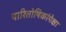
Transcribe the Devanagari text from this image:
पारितोषिकांपेक्षा